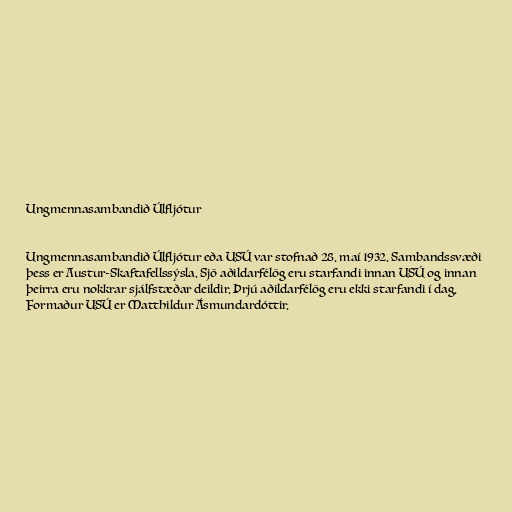
Ungmennasambandið Úlfljótur

Ungmennasambandið Úlfljótur eða USÚ var stofnað 28. maí 1932. Sambandssvæði
þess er Austur-Skaftafellssýsla. Sjö aðildarfélög eru starfandi innan USÚ og innan
þeirra eru nokkrar sjálfstæðar deildir. Þrjú aðildarfélög eru ekki starfandi í dag.
Formaður USÚ er Matthildur Ásmundardóttir.